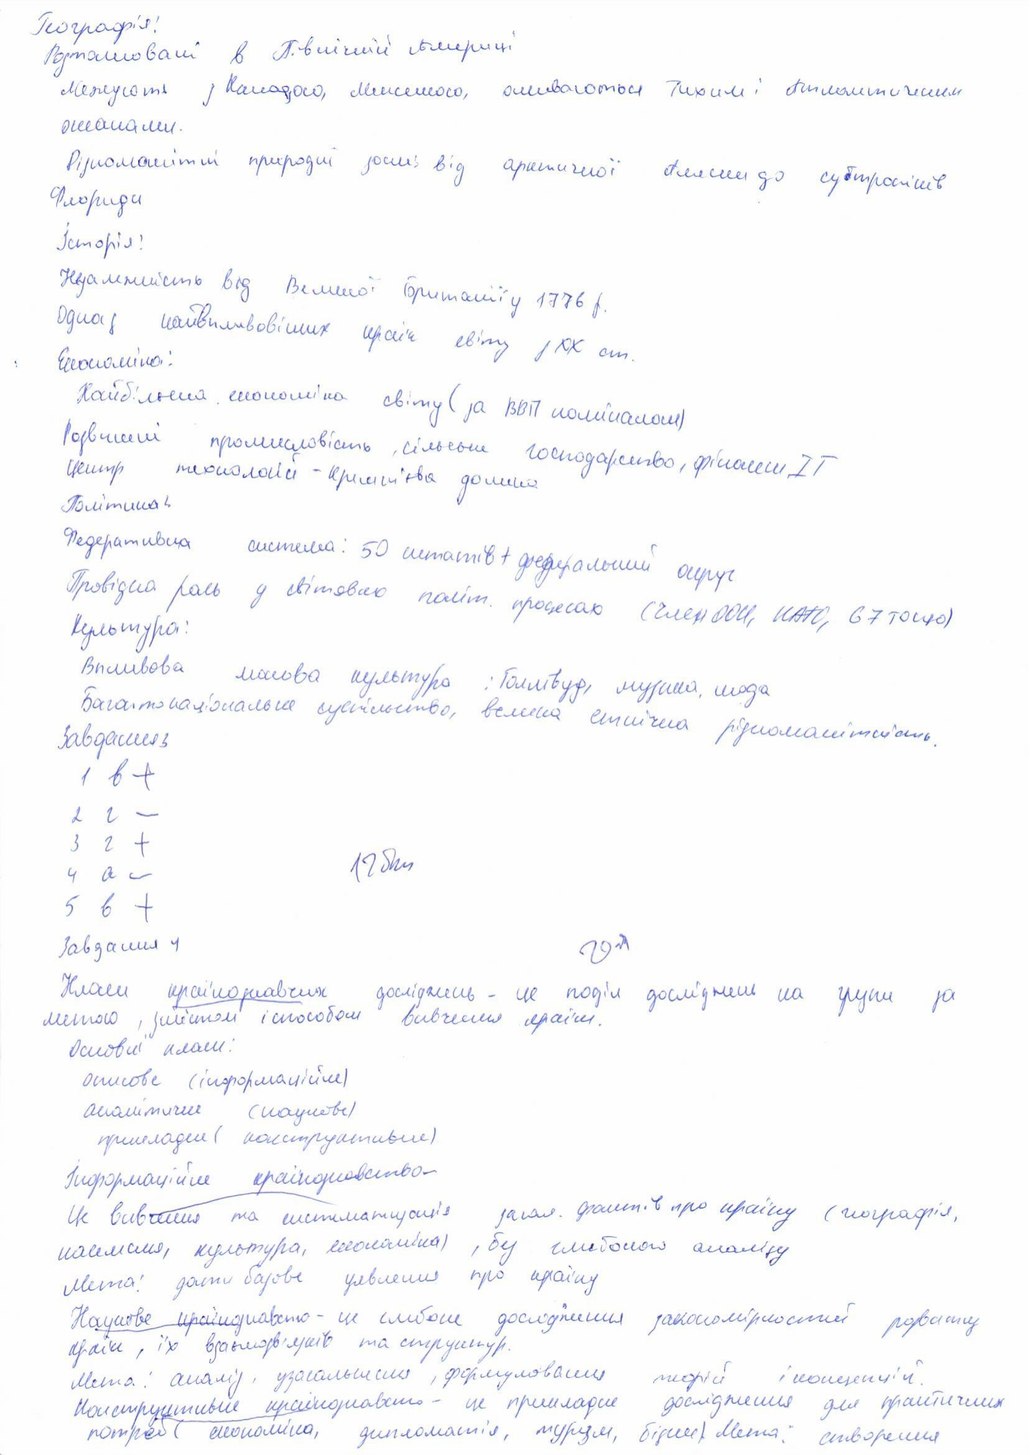
Географія:
Розташовані в Північній Америці
Межують з Канадою, Мексикою, омиваються Тихим і Атлантичним
океанами.
Різноманітні природні зони від арктичної Аляски до субтропіків
Флориди
Історія:
Незалежність від Великої Британії у 1776 р.
Одна з найвпливовіших країн світу
Економіка:
Найбільша економіка світу ( за ВВП номіналом)
Розвинені промисловість, сільське господарство, фінанси, IT
центр технологий - кремнієва долина
Політика:
Федеративна система: 50 штатів + федеральний округ
Культура:
Впливова масова культура: Голлівуд, музика, мода
Багатонаціональне суспільство, велика етнічна різноманітність
завдання 3
1 б
+
2 г
-
3 г
+
12 б
4 a
-
5 в
+
Завдання 4
20 б
Класи країнознавчих досліджень - це поділ досліджень на групи за
метою, змістом і способом вивчення країни.
Основні класи
описове (інформаційне)
аналитичне (наукове)
приклади (конструктивні)
Інформаційне країнознавство -
Це вивчення та систематизація загал. фактів про країну (географія,
населення, культура, економіка), без глибокого аналізу
Мета: дати базове уявлення про країну
Наукове країнознавство - це глибоке дослідження закономірностей розвитку
країни, їх взаємозв'язків та структур.
Мета: аналіз, узагальнення, формулювання теорій і концепцій.
Конструктивне країнознавство - це прикладне дослідження для практичних
потреб (економіка, дипломатія, туризм, біржи) Мета: створення